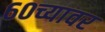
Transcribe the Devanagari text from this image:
६०च्यावर